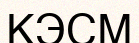
КЭСМ